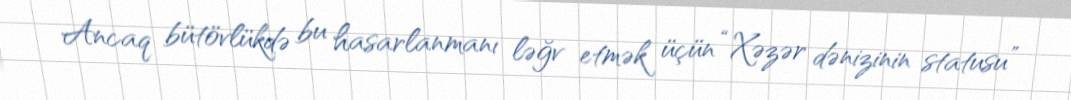
Ancaq bütövlükdə bu hasarlanmanı ləğv etmək üçün “Xəzər dənizinin statusu”